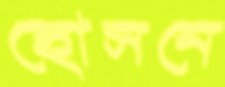
হোসনে